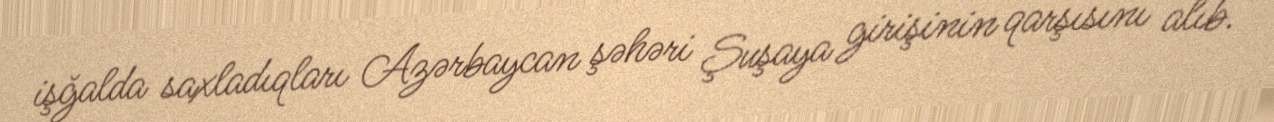
işğalda saxladıqları Azərbaycan şəhəri Şuşaya girişinin qarşısını alıb.